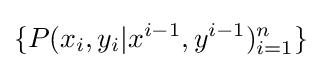
\{P(x_{i},y_{i}|x^{i-1},y^{i-1})_{i=1}^{n}\}